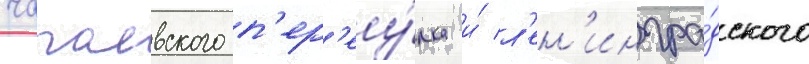
чапаевского п'ер'еу́лка и́ л'ен'ингра́дского